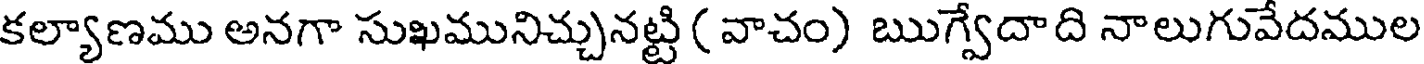
కల్యాణము అనగా సుఖమునిచ్చునట్టి ( వాచం) ఋగ్వేదాది నాలుగువేదముల